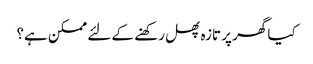
کیا گھر پر تازہ پھل رکھنے کے لئے ممکن ہے؟